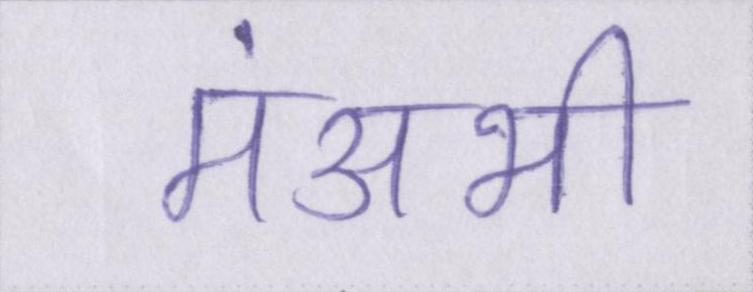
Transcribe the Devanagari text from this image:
मंअभी